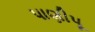
પાણીપૂ